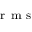
_ { \mathrm { ~ r ~ m ~ s ~ } }